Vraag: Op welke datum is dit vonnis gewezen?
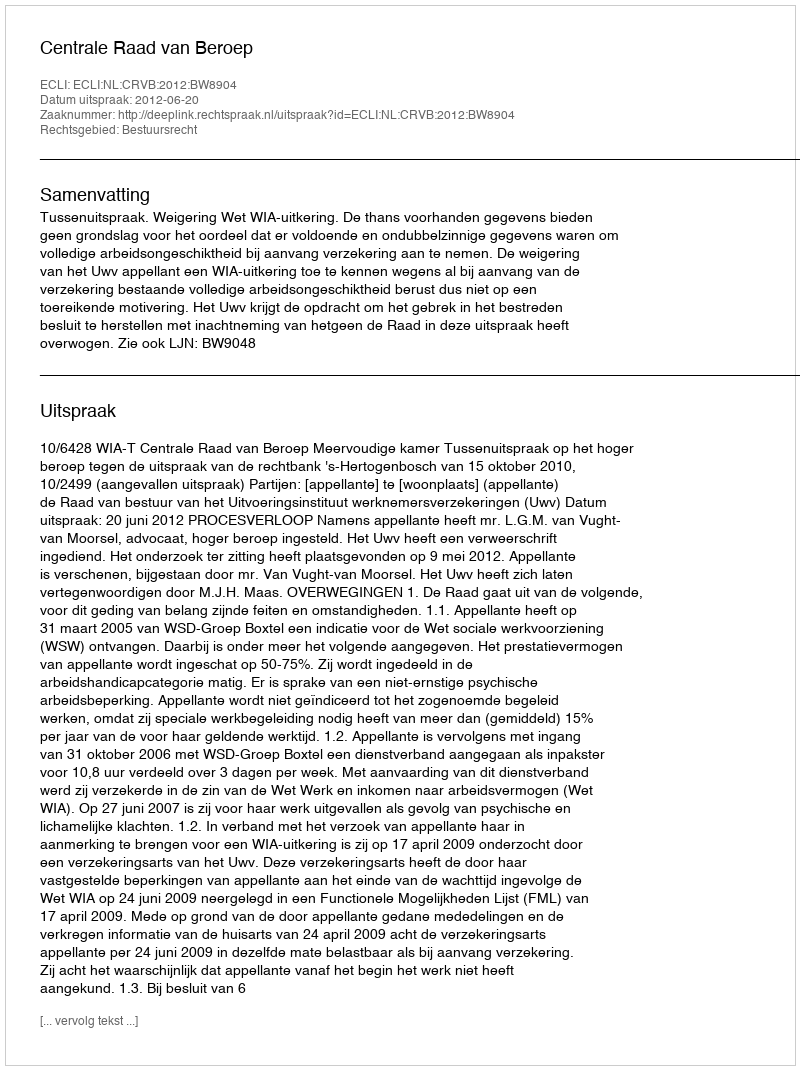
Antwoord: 2012-06-20